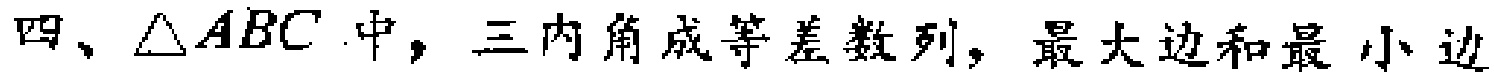
四、$\triangle ABC$ 中，三内角成等差数列，最大边和最小边